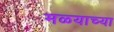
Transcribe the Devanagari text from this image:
मळ्याच्या